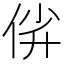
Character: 𫢡